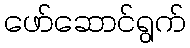
ဖော်ဆောင်ရွက်